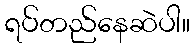
ရပ်တည်နေဆဲပါ။